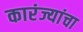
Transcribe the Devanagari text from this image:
कारंज्यांचा